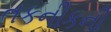
તકનીકની